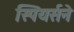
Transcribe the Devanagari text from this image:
स्पियर्सने